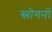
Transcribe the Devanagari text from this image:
स्लोगनों